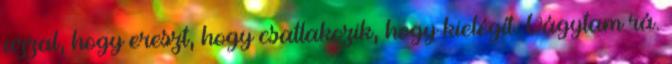
azzal, hogy ereszt, hogy csatlakozik, hogy kielégít. Vágytam rá.